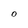
Character: O